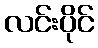
လင်းပိုင်